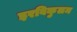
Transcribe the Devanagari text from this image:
इरविकुलम